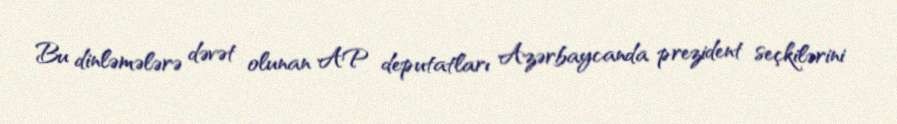
Bu dinləmələrə dəvət olunan AP deputatları Azərbaycanda prezident seçkilərini